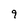
Character: 9